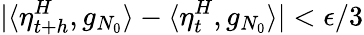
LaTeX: |\langle\eta_{t+h}^{H},g_{N_{0}}\rangle-\langle\eta_{t}^{H},g_{N_{0}}\rangle|<\epsilon/3